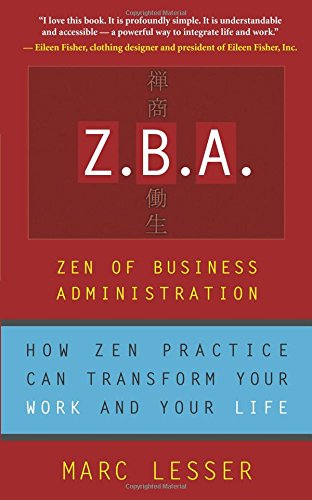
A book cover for Z.B.A.: Zen of Business Administration - How Zen Practice Can Transform Your Work And Your Life; Marc Lesser; Business & Money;